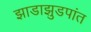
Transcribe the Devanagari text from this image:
झाडाझुडपांत